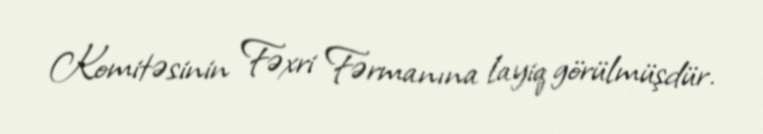
Komitəsinin Fəxri Fərmanına layiq görülmüşdür.